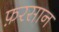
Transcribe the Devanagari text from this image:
फ़रसान